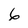
Character: 6